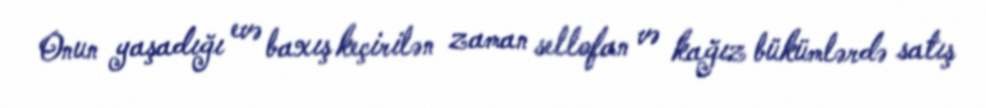
Onun yaşadığı evə baxış keçirilən zaman sellofan və kağız bükümlərdə satış